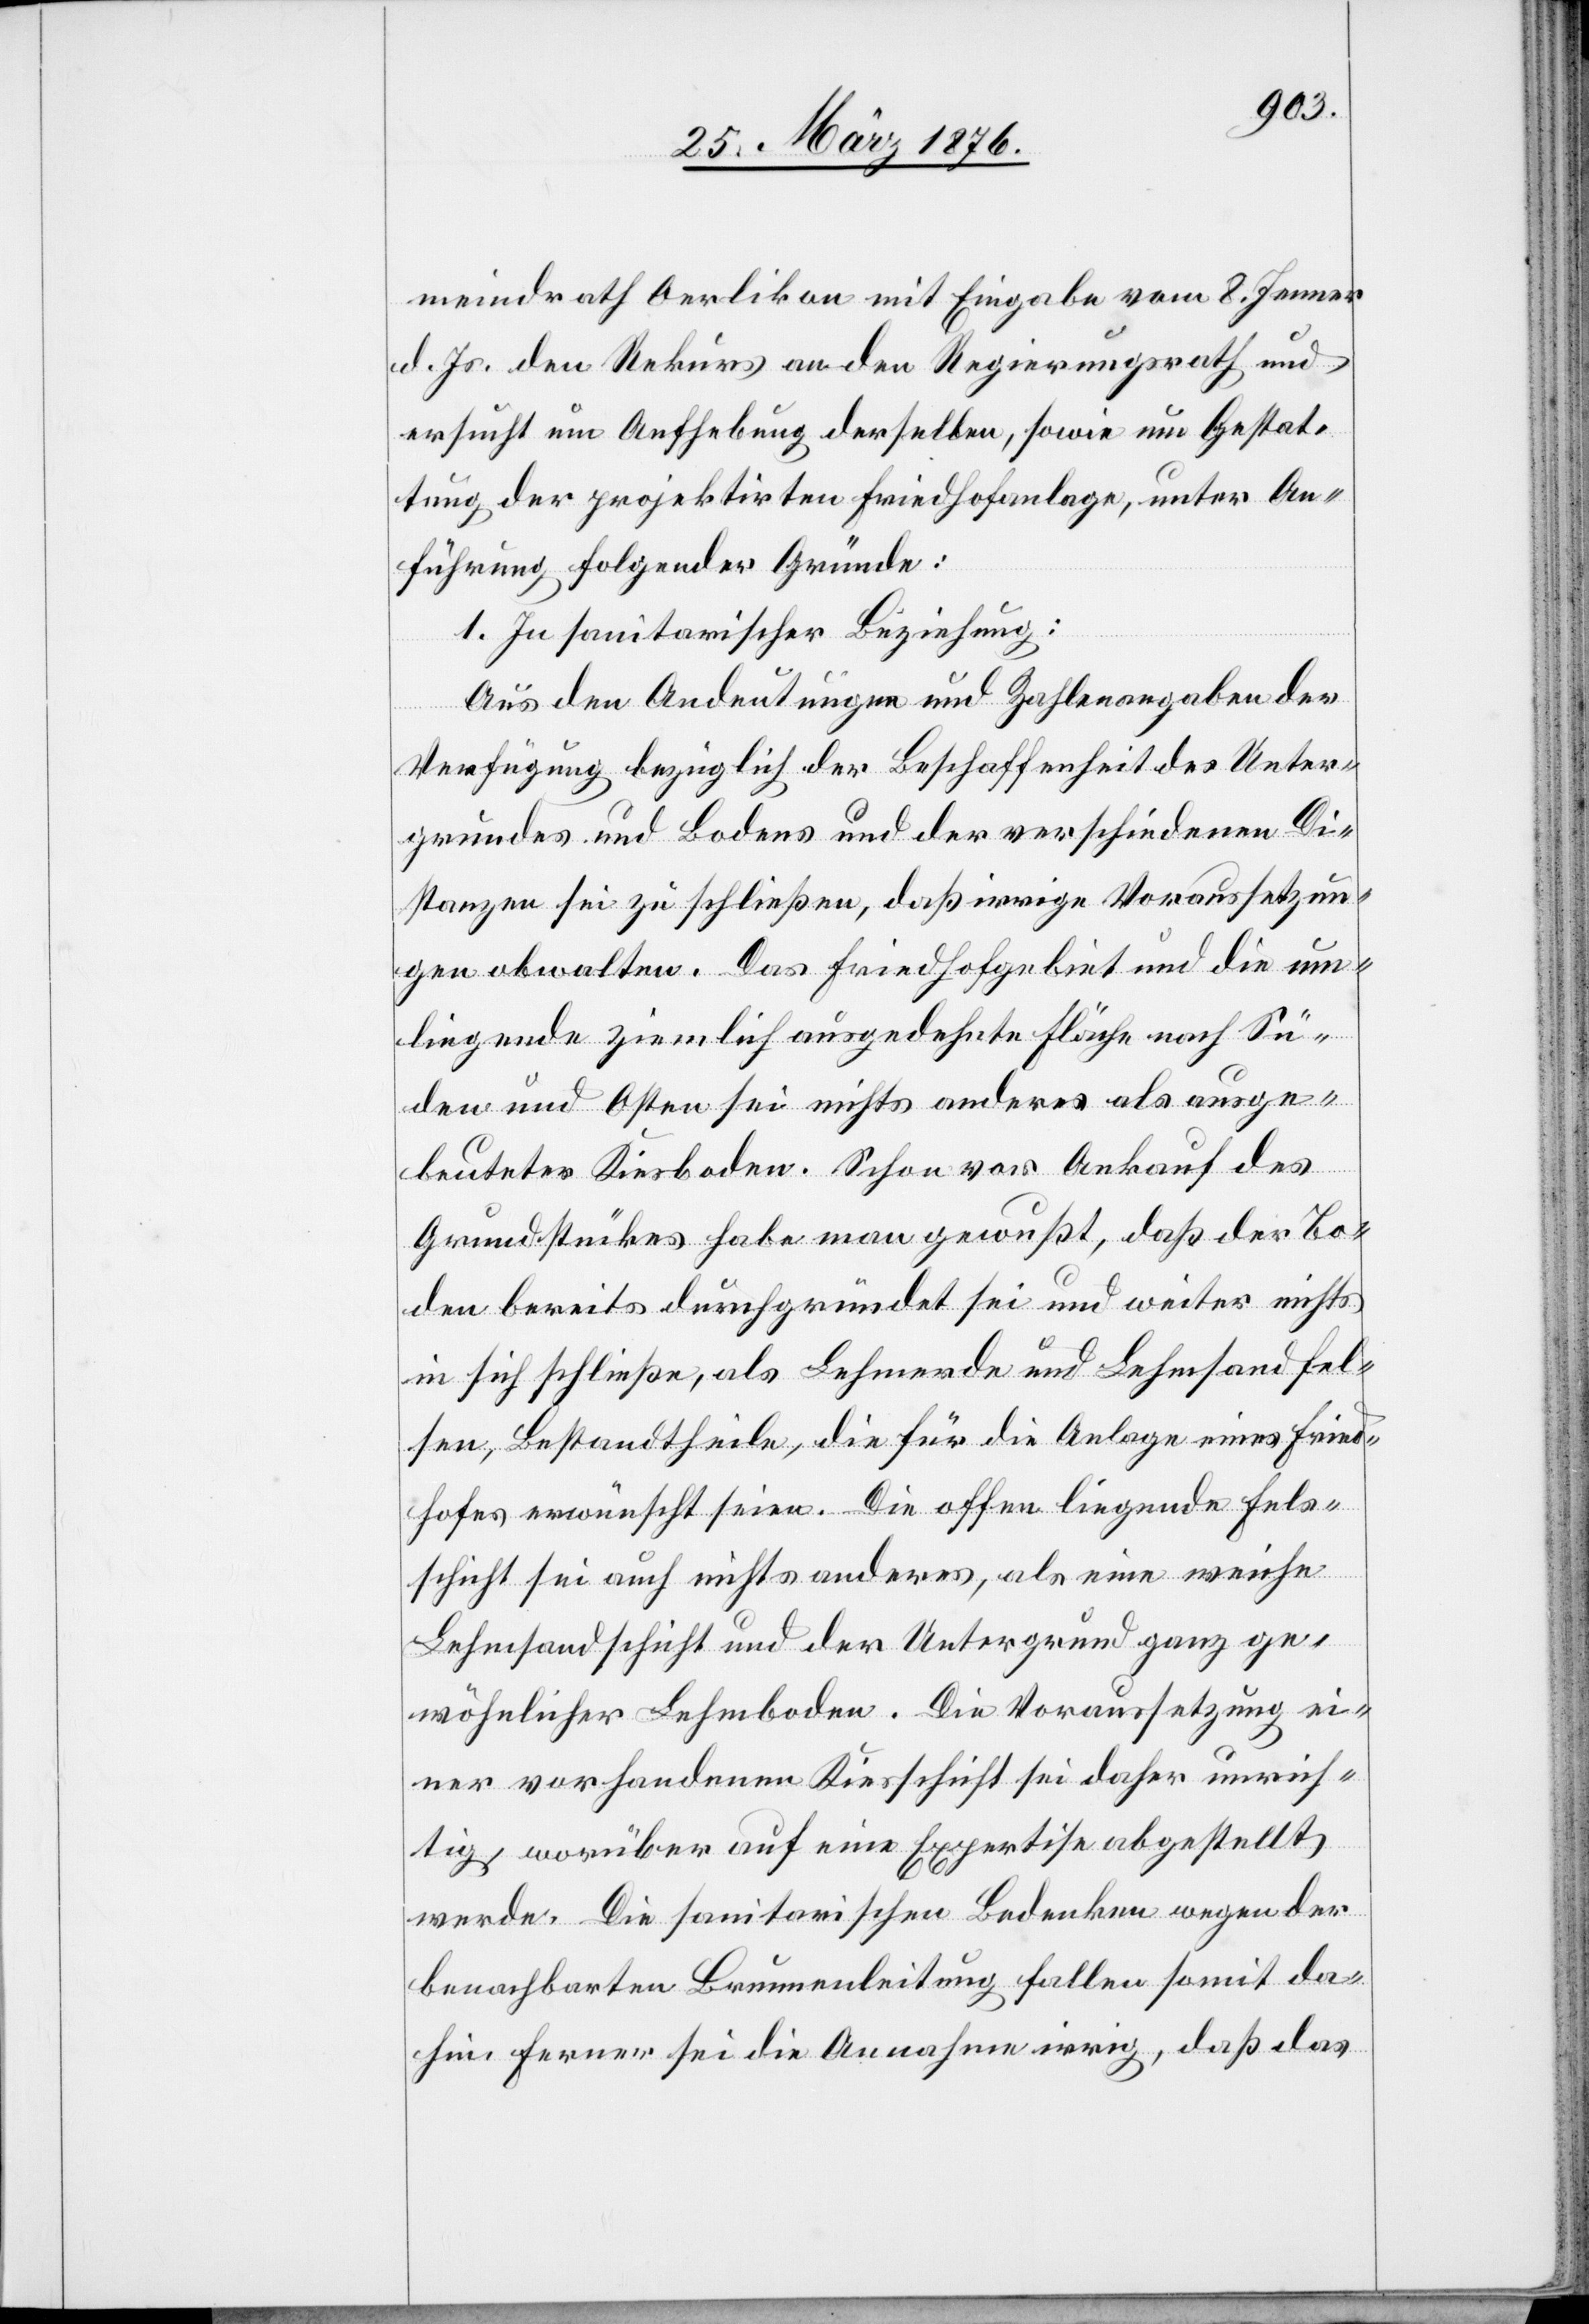
meindrath Oerlikon mit Eingabe vom 8. Jenner
d. Js. den Rekurs an den Regierungsrath und
ersucht um Aufhebung derselben, sowie um Gestat¬
tung der projektirten Friedhofanlage, unter An¬
führung folgender Gründe:
1. In sanitarischer Beziehung:
Aus den Andeutungen und Zahlenangaben der
Verfügung bezüglich der Beschaffenheit des Unter¬
grundes und Bodens und der verschiedenen Di¬
stanzen sei zu schließen, daß irrige Voraussetzun¬
gen obwalten. Das Friedhofgebiet und die um¬
liegende ziemlich ausgedehnte Fläche nach Sü¬
den und Osten sei nichts anderes als ausge¬
beuteter Kiesboden. Schon vor Ankauf des
Grundstückes habe man gewußt, daß der Bo¬
den bereits durchgründet sei und weiter nichts
in sich schließe, als Lehmerde und Lehmsandfel¬
sen, Bestandtheile, die für die Anlage eines Fried¬
hofes erwünscht seien. Die offen liegende Fels¬
schicht sei auch nichts anderes, als eine weiche
Lehmstandschicht und der Untergrund ganz ge¬
wöhnlicher Lehmboden. Die Voraussetzung ei¬
ner vorhandenen Kiesschicht sei daher unrich¬
tig, worüber auf eine Expertise abgestellt
werde. Die sanitarischen Bedenken wegen der
benachbarten Brunnenleitung fallen somit da¬
hin ferner sei die Annahme irrig, daß das